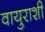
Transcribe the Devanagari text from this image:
वायुराशी